Eesti_Vabariigi_Tartu_Ulikool, lk 14
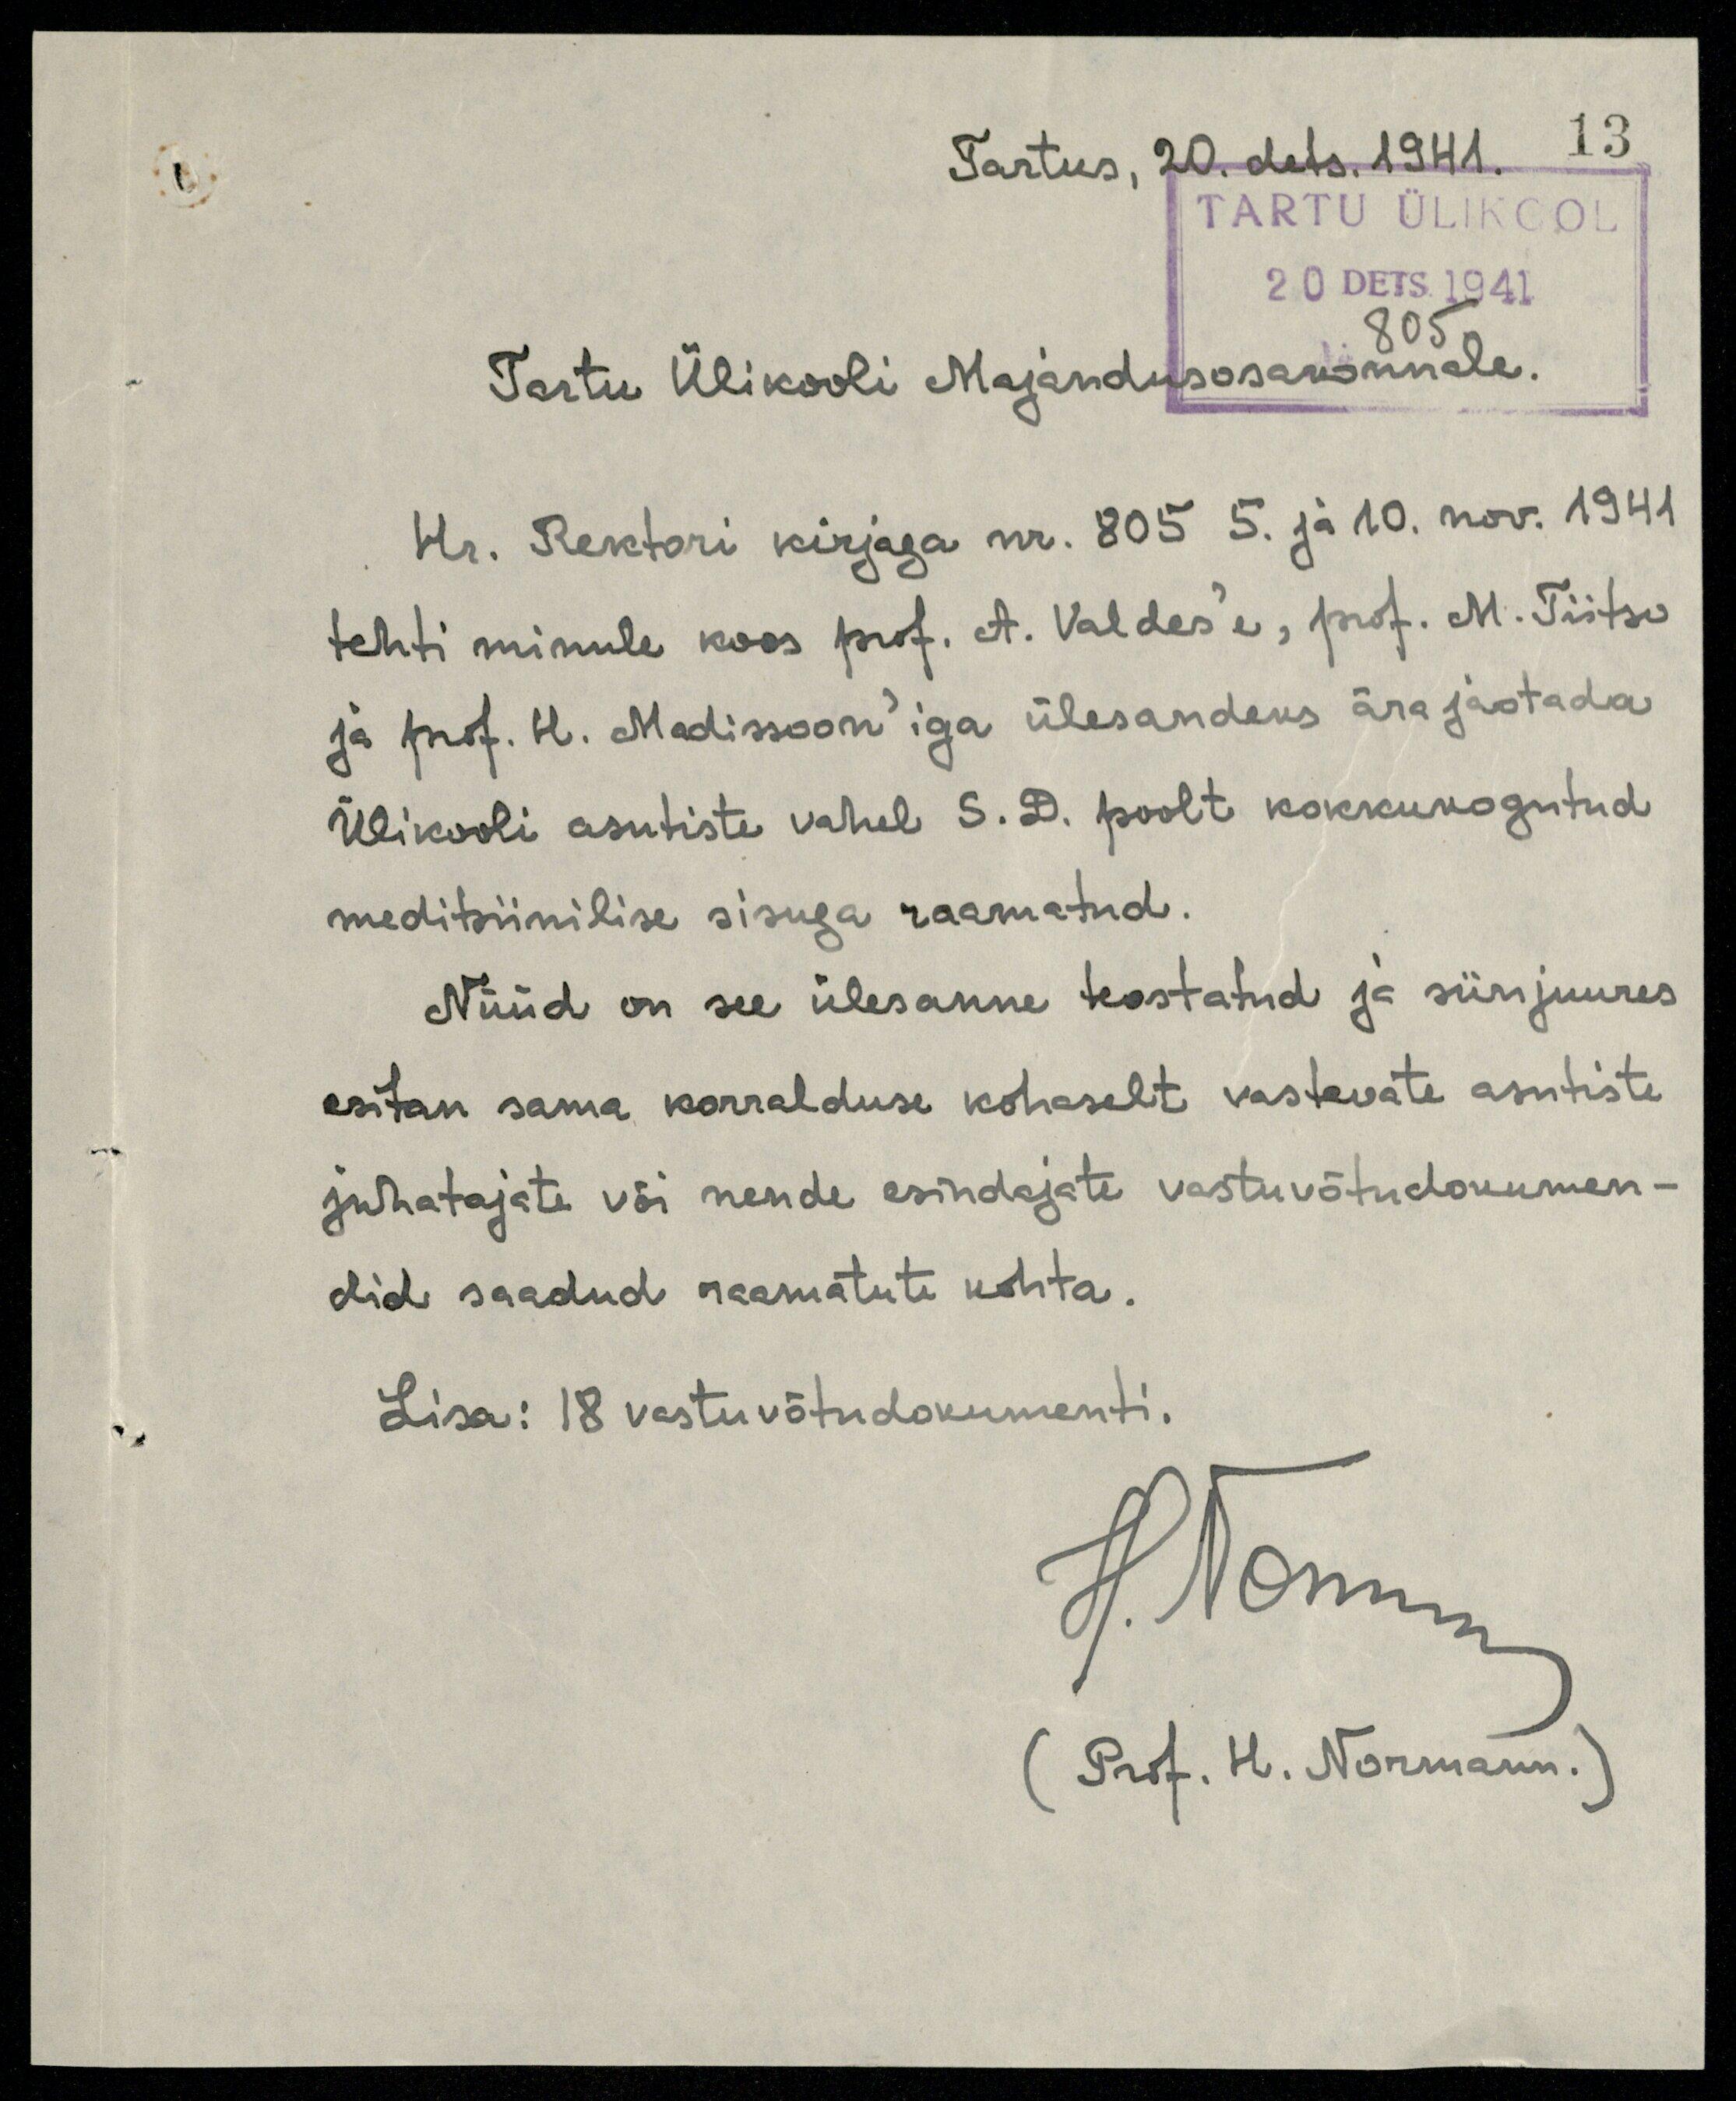
Tartus, 20. dets. 1941.
13
TARTU ÜLIKOOL
20 DETS. 1941
805
Tartu Ülikooli Majandusosakonnale.
Hr. Rektori kirjaga nr. 805 5. ja 10. nov. 1941
tehti minule koos prof. et. Valdes'e, prof. M. Tiitso
ja prof. Madissoon'iga ülesandeks ära jaotada
Ülikooli asutiste vahel S. D. poolt kokkukogutud
meditsiinilise sisuga raamatud.
Nüüd on see ülesanne teostatud ja siinjuures
esitan sama korralduse kohaselt vastavate asutiste
juhatajate või nende esindajate vastuvõtudokumen-
did saadud raamatute kohta.
Lisa: 18 vastuvõtudokumenti.
H. Normann
(Prof. H. Normann.)